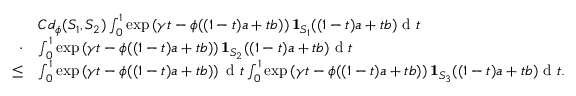
\begin{array} { r l } & { C d _ { \phi } ( S _ { 1 } , S _ { 2 } ) \int _ { 0 } ^ { 1 } \exp \left( \gamma t - \phi ( ( 1 - t ) a + t b ) \right) \mathbf { 1 } _ { S _ { 1 } } ( ( 1 - t ) a + t b ) \textup { d } t } \\ { \cdot } & { \int _ { 0 } ^ { 1 } \exp \left( \gamma t - \phi ( ( 1 - t ) a + t b ) \right) \mathbf { 1 } _ { S _ { 2 } } ( ( 1 - t ) a + t b ) \textup { d } t } \\ { \leq } & { \int _ { 0 } ^ { 1 } \exp \left( \gamma t - \phi ( ( 1 - t ) a + t b ) \right) \textup { d } t \int _ { 0 } ^ { 1 } \exp \left( \gamma t - \phi ( ( 1 - t ) a + t b ) \right) \mathbf { 1 } _ { S _ { 3 } } ( ( 1 - t ) a + t b ) \textup { d } t . } \end{array}